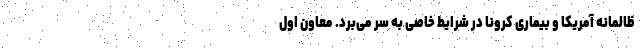
ظالمانه آمریکا و بیماری کرونا در شرایط خاصی به سر می‌برد. معاون اول